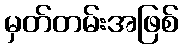
မှတ်တမ်းအဖြစ်